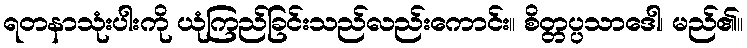
ရတနာသုံးပါးကို ယုံကြည်ခြင်းသည်လည်းကောင်း။ စိတ္တပ္ပသာဒေါ၊ မည်၏။